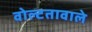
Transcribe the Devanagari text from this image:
वोल्टतावाले